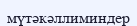
мүтәкәллиминдер